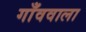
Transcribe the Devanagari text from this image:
गाँववाला